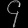
Digit: ၄